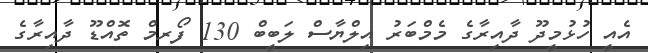
އެއީ ހުޅުމީދޫ ދާއިރާގެ މެމްބަރު އިލްޔާސް ލަބީބް 130 ފޯރމް ތޮއްޑޫ ދާއިރާގެ